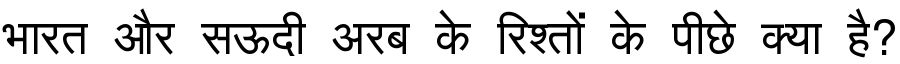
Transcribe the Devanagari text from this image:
भारत और सऊदी अरब के रिश्तों के पीछे क्या है?